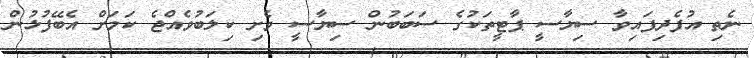
ނެތި އުފެދިފައިވާ ސިޔާސީ ޕާޓީތަކުގެ ސަބަބުން ސިޔާސީ ވެށި ކިލަބުވެއްޖެ ކަމަށް އެބޭފުޅުން